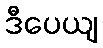
ဒီပေယျ